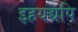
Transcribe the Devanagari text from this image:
इहयद्यपि